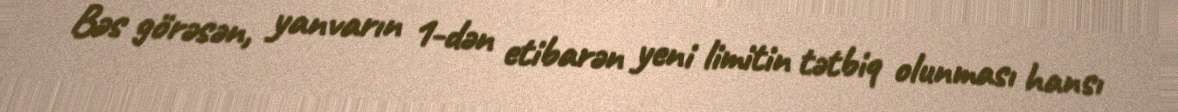
Bəs görəsən, yanvarın 1-dən etibarən yeni limitin tətbiq olunması hansı